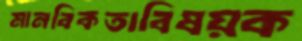
মানবিকতাবিষয়ক